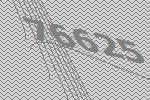
76625